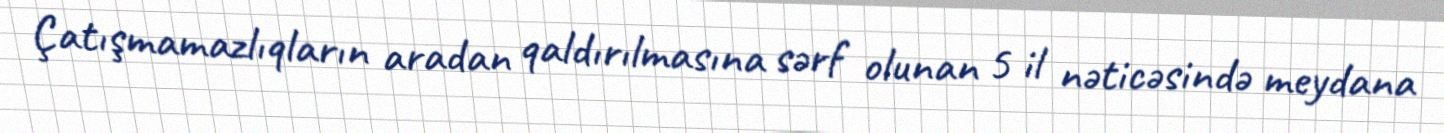
Çatışmamazlıqların aradan qaldırılmasına sərf olunan 5 il nəticəsində meydana